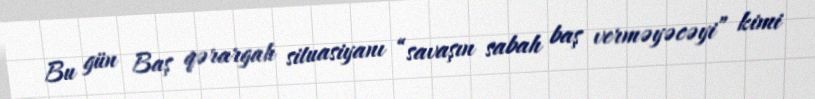
Bu gün Baş qərargah situasiyanı “savaşın sabah baş verməyəcəyi” kimi